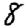
Digit: 8